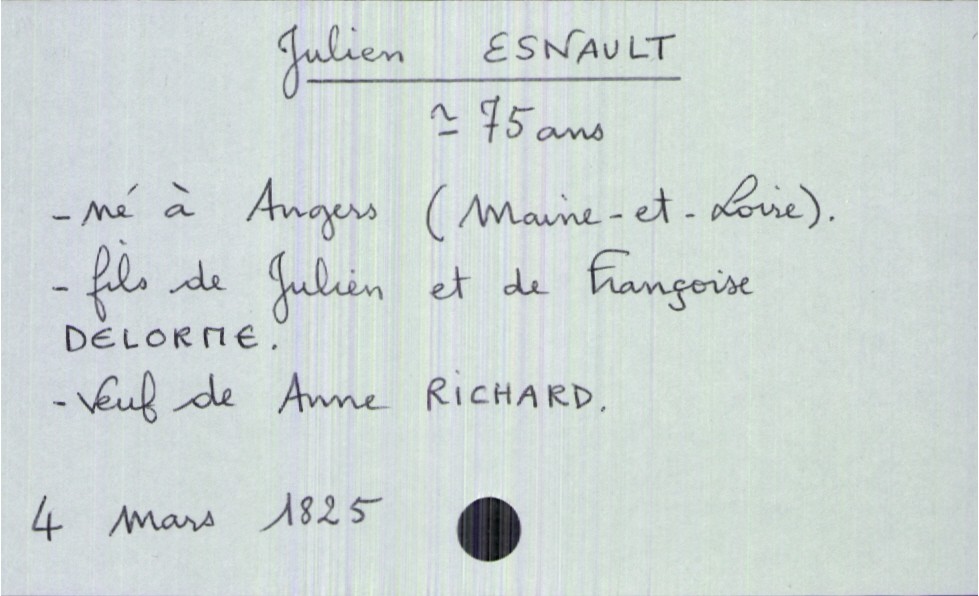
type_acte: Décès
année: 1825
mois: mars
jour: 4
défunt_nom: Esnault
défunt_prénom: Julien
défunt_sexe: H
défunt_âge: 75 ans
défunt_lieu_de_naissance: Angers (Maine-et-Loire)
défunt_statut: veuf(ve)
père_défunt_nom: Esnault
père_défunt_prénom: Julien
mère_défunt_nom: Delorme
mère_défunt_prénom: Françoise